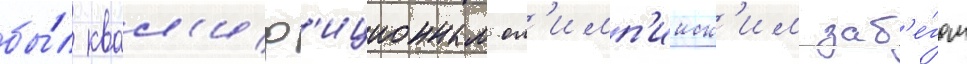
бы́л квал'иф'иционным ол'имп'ииск'им заб'е́гом